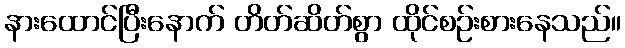
နားထောင်ပြီးနောက် တိတ်ဆိတ်စွာ ထိုင်စဉ်းစားနေသည်။